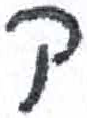
אות: ק